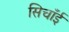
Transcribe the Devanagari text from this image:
सिचाँई